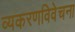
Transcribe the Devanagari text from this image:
व्यकरणविवेचना